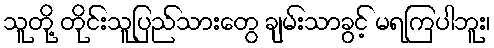
သူတို့ တိုင်းသူပြည်သားတွေ ချမ်းသာခွင့် မရကြပါဘူး၊